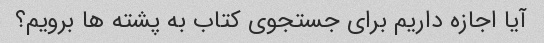
آیا اجازه داریم برای جستجوی کتاب به پشته ها برویم؟